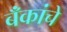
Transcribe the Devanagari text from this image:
बॅंकांचे